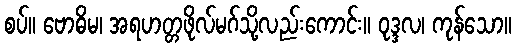
စပ်။ ဗောဓိမ၊ အရဟတ္တဖိုလ်မဂ်သို့လည်းကောင်း။ ဝုဒ္ဒလ၊ ကုန်သော။